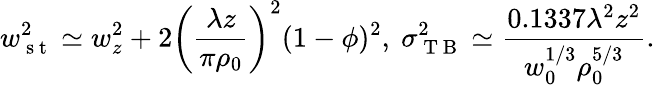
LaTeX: w_{\mathrm{~s~t~}}^{2}\simeq w_{z}^{2}+2\left(\frac{\lambda z}{\pi\rho_{0}}\right)^{2}(1-\phi)^{2},~\sigma_{\mathrm{~T~B~}}^{2}\simeq\frac{0.1337\lambda^{2}z^{2}}{w_{0}^{1/3}\rho_{0}^{5/3}}.